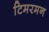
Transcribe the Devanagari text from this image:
टिमरमन